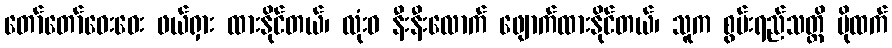
တော်တော်ဝေးဝေး ဖယ်ရှား ထားနိုင်တယ်၊ လုံးဝ နီးနီးလောက် ဖျောက်ထားနိုင်တယ်၊ သူက စွမ်းရည်သတ္တိ ပိုထက်